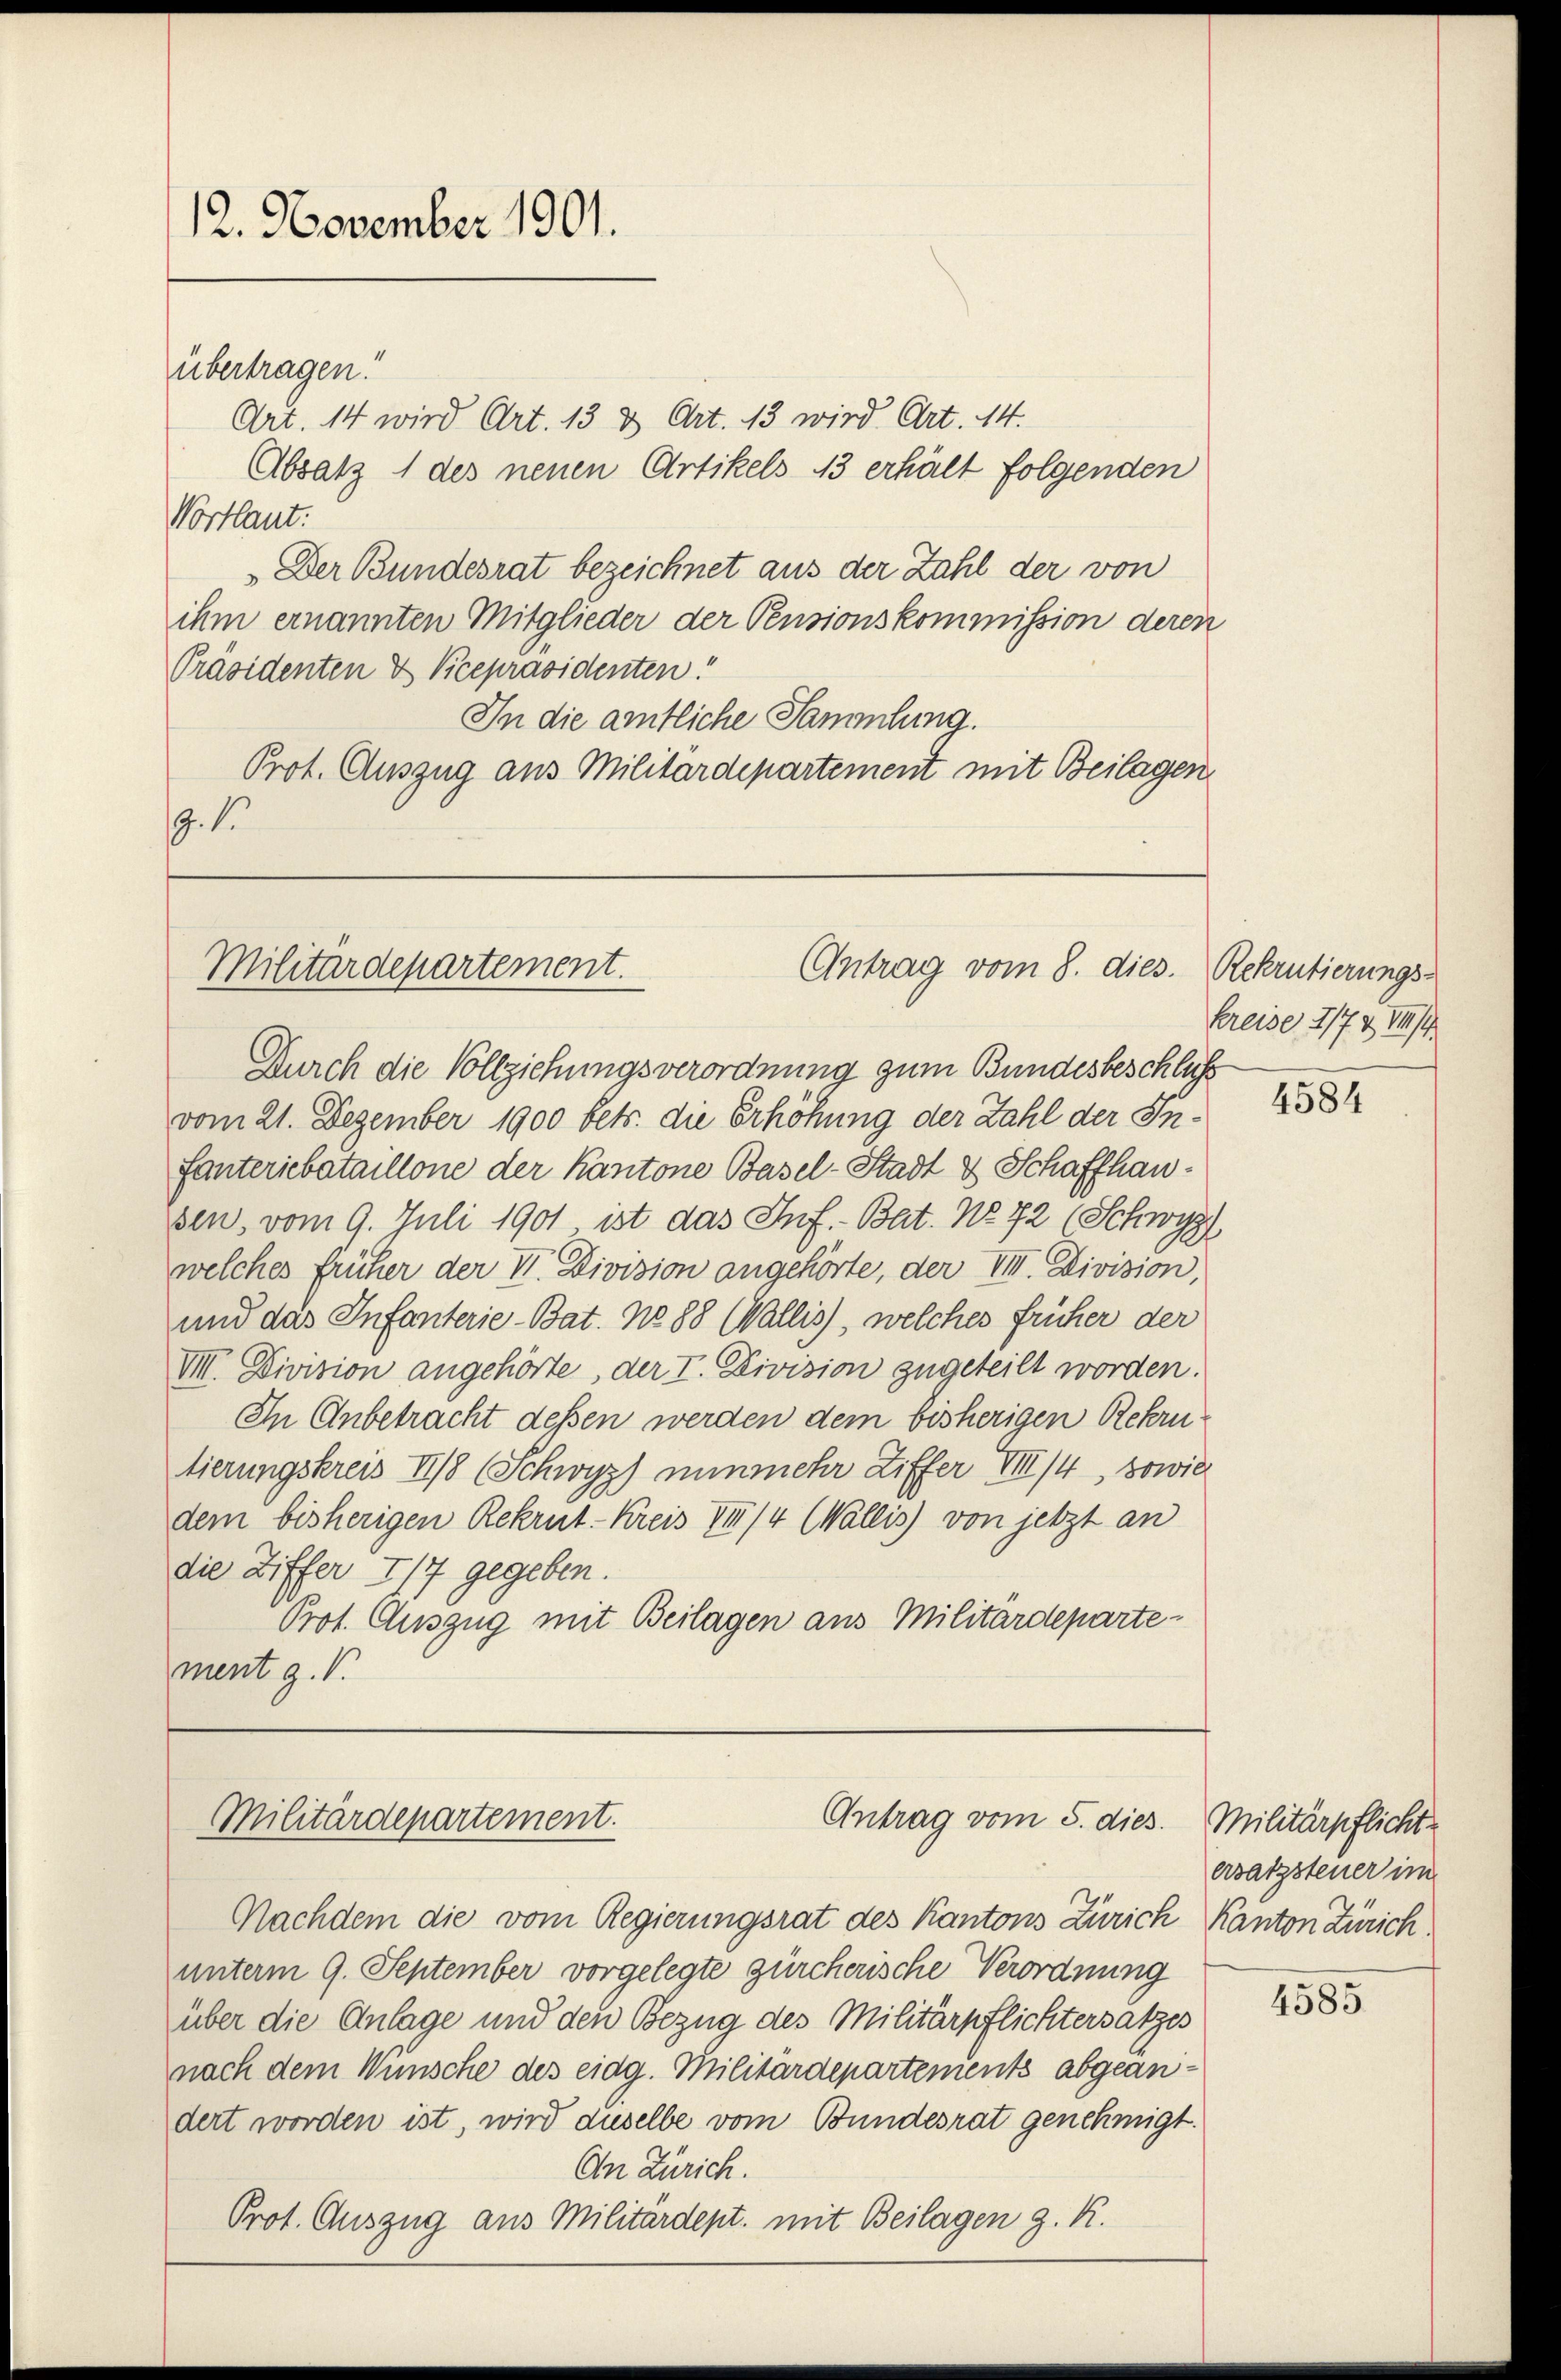
12. November 1901.

Art. 14 wird Art. 13 & Art. 13 wird Art. 14.
Absatz 1 des neuen Artikels 13 erhält folgenden
Vortlaut:
„Der Bundesrat bezeichnet aus der Zahl der von
ihm ernannten Mitglieder der Pensionskommission deren
Präsidenten & Vicepräsidenten.
In die amtliche Sammlung.
Prot. Auszug aus Militärdepartement mit Beilagen.
.1

übertragen.

Antrag vom 8. dies.
Militärdepartement.

Durch die Vollziehungsverordnung zum Bundesbeschluß
vom 21. Dezember 1900 betr. die Erhöhung der Zahl der Infanteriebataillone der Kantone Basel-Stadt & Schaffhau¬
Esen, vom 9. Juli 1901 ist das Inf. Bat. No 72 (Schwyz
welches früher der VI. Division angehörte, der VIII. Division,
und das Infanterie-Bat. No 88 (Wallis), welches früher der
VIII. Division angehörte, der I. Division zugeteilt worden.
In Anbetracht dessen werden dem bisherigen Rekrutierungskreis 11/8 (Schwyz) nunmehr Ziffer VIII/4, sowie
dem bisherigen Rekrut-Kreis III 74 (Wallis) von jetzt an
die Ziffer 717 gegeben.
Prot. Auszug mit Beilagen aus Militärdepartement g.V.

Antrag vom 5. dies
Militärdepartement.

Nachdem die vom Regierungsrat des Kantons Zürich Kanton Zürich
unterm 9. September vorgelegte zürcherische Verordnung
über die Anlage und den Bezug des Militärpflichtersatzes
nach dem Wünsche des eidg. Militärdepartements abgeändert worden ist, wird auselbe vom Bundesrat genehmigt.
An Zürich.
Prot. Auszug aus Militärdept. mit Beilagen z. R.

Rekrutierungs-
kreise 1/7 & III/1

4584

Militärpflicht
ersatzsteuer im

4585